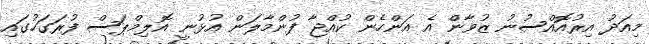
މިއަދު އިރުއޮއްސުނު ޒުވާން އެ އަންހެން ކުއްޖާ ފުންމާލަން އުޅުނީ އޮލިމްޕަސް ފުރަގަހުގައި